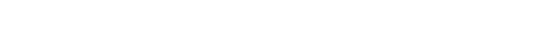
ပျက်စီးခြင်းသို့ ရောက်ရသကဲ့သို့ လာဘသက္ကာရခြုံတိုးသော ရဟန်းလည်း ပျက်စီးခြင်းသို့ ရောက်တတ်ကြောင်း ဟောထား၏။